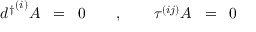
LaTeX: { d ^ { \dagger } } ^ { ( i ) } A \; \; = \; \; 0 \quad \quad , \quad \quad \tau ^ { ( i j ) } A \; \; = \; \; 0